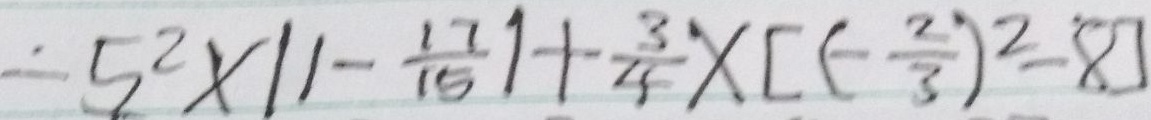
- 5 ^ { 2 } \times \vert 1 - \frac { 1 7 } { 1 5 } \vert + \frac { 3 } { 4 } \times [ ( - \frac { 2 } { 3 } ) ^ { 2 } - 8 ]